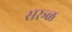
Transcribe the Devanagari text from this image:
सरूळ